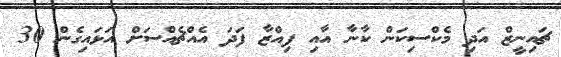
ޗައިނީޒް އަދި މެކްސިކަން ކާނާ އާއި ފިއްޒާ ފަދަ އެއްޗެއްސަށް އަޅައިގެން 30